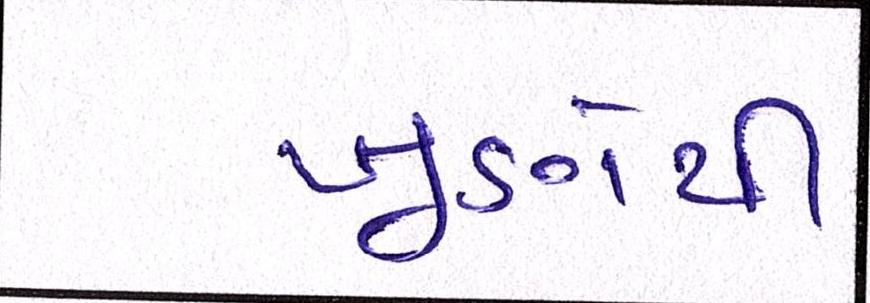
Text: ખૂણેથી